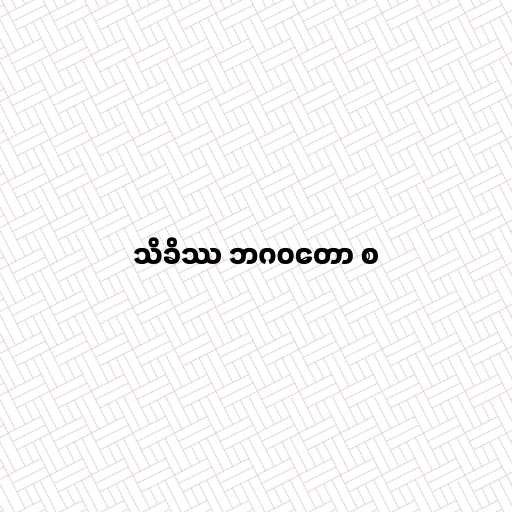
သိခိဿ ဘဂဝတော စ